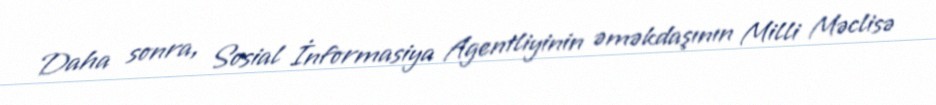
Daha sonra, Sosial İnformasiya Agentliyinin əməkdaşının Milli Məclisə